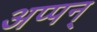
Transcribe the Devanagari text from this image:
अप्पन्